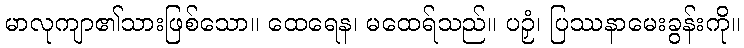
မာလုကျာ၏သားဖြစ်သော။ ထေရေန၊ မထေရ်သည်။ ပဉှံ၊ ပြဿနာမေးခွန်းကို။